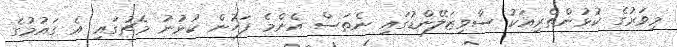
މިވަރުގެ ކުޅުންތެރިއަކު ސްވިޒަލޭންޑުގައި ނެތަސް އެންމެ ފަހުން ކުޅުނު މެޗުގައި އެ ގައުމުގެ